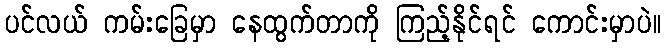
ပင်လယ် ကမ်းခြေမှာ နေထွက်တာကို ကြည့်နိုင်ရင် ကောင်းမှာပဲ။